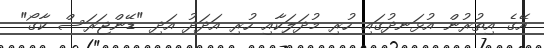
އޭގެ އިތުރުން އުޅަނދުގައި ހުރި މުދަލަކާއި ހުރި އަދަދު އަދި "ޑޭންޖަރަސް ކާގޯ"